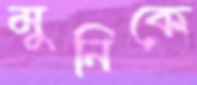
মুনিকে